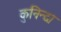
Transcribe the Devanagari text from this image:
कुनिन्दा